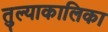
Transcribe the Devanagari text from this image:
तुल्याकालिका